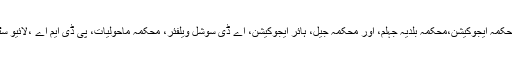
اجلاس میں سی ای او ہیلتھ ڈاکٹروسیم اقبال،اینٹمالوجست ، نمائندہ محکمہ ایجوکیشن،محکمہ بلدیہ جہلم، اور محکمہ جیل، ہائر ایجوکیشن، اے ڈی سوشل ویلفئر، محکمہ ماحولیات، پی ڈی ایم اے ،لائیو سٹاک اور دیگر محکموں کے افسران نے کثیر تعداد میں شرکت کی۔